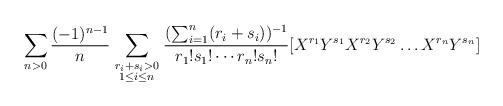
LaTeX: \begin{align*} \sum_{n>0}\frac {(-1)^{n-1}}{n} \sum_{ \begin{smallmatrix} {r_i + s_i > 0} \\ {1\le i \le n} \end{smallmatrix}}\frac{(\sum_{i=1}^n (r_i+s_i))^{-1}}{r_1!s_1!\cdots r_n!s_n!} [ X^{r_1} Y^{s_1} X^{r_2} Y^{s_2} \ldots X^{r_n} Y^{s_n} ]\end{align*}